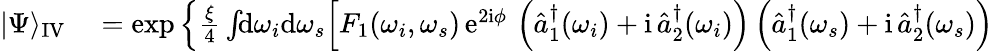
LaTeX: \begin{array}{rl}{|\Psi\rangle_{\mathrm{IV}}}&{{}=\exp\Big\{ \frac{\xi}{4}\int\! \! \mathrm{d}\omega_{i}\mathrm{d}\omega_{s}\Big[F_{1}(\omega_{i},\omega_{s})\, \mathrm{e}^{2\mathrm{i}\phi}\, \left(\hat{a}_{1}^{\dagger}(\omega_{i})+\mathrm{i}\, \hat{a}_{2}^{\dagger}(\omega_{i})\right)\left(\hat{a}_{1}^{\dagger}(\omega_{s})+\mathrm{i}\, \hat{a}_{2}^{\dagger}(\omega_{s})\right)}\end{array}